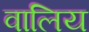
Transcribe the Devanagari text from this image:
वालिय